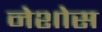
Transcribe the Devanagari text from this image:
नेशोस